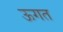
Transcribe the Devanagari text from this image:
ऊगत